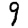
Digit: 9